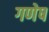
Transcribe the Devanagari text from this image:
गणेष